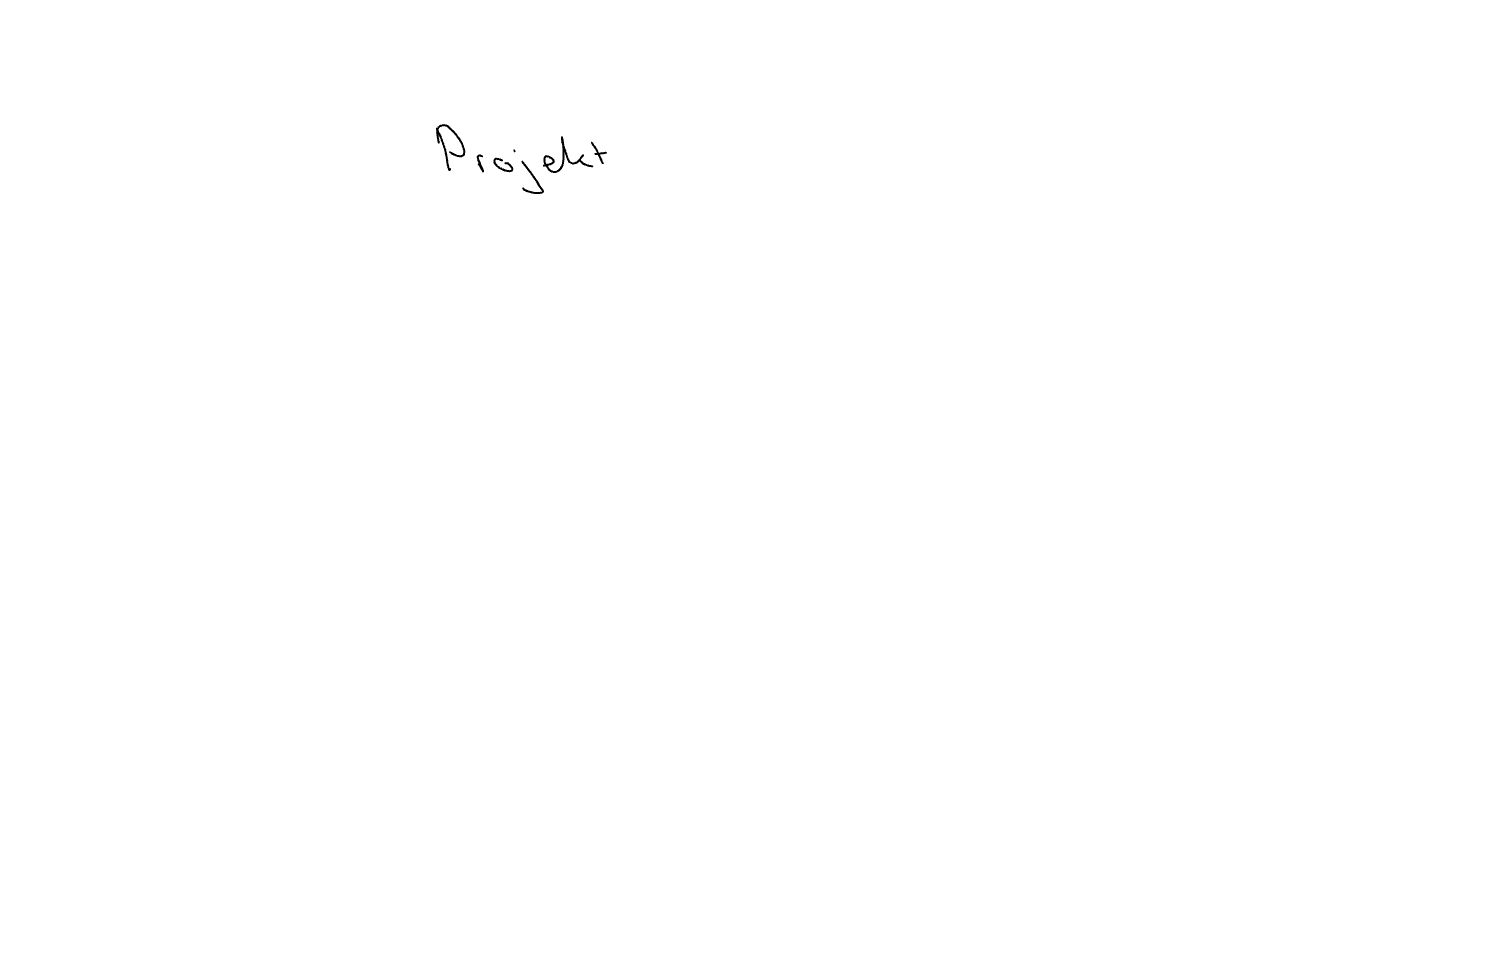
Text: Projekt